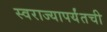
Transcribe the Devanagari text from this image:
स्वराज्यापर्यंतची